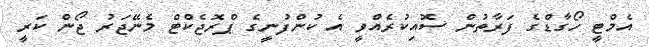
އެމްޓީ ހޯގާޑްގެ ފަރާތުން ސޮއިކުރެއްވީ އެ ކުންފުނީގެ ޕްރޮޖެކްޓް މެނޭޖަރު ޖޯން ކަރީ